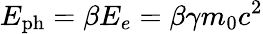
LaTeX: E_{\mathrm{ph}}=\beta E_{e}=\beta\gamma m_{0}c^{2}